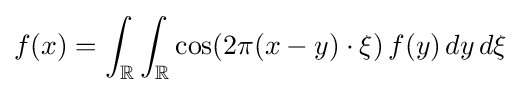
f(x)=\int _{\mathbb {R} }\int _{\mathbb {R} }\cos(2\pi (x-y)\cdot \xi )\,f(y)\,dy\,d\xi